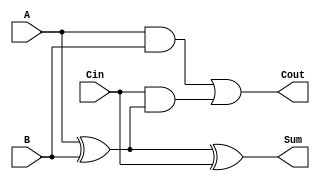
module full_adder (
    input wire A,            // First input bit
    input wire B,            // Second input bit
    input wire Cin,          // Carry input
    output wire Sum,         // Sum output
    output wire Cout         // Carry output
);
    assign Sum = A ^ B ^ Cin;             // Sum = A XOR B XOR Cin
    assign Cout = (A & B) | (Cin & (A ^ B)); // Carry = (A AND B) OR (Cin AND (A XOR B))
endmodule